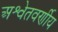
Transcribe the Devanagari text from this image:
अश्वेतवर्णीय